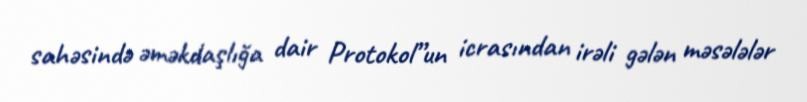
sahəsində əməkdaşlığa dair Protokol”un icrasından irəli gələn məsələlər